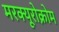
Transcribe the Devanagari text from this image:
मरक्यूरोक्रोम